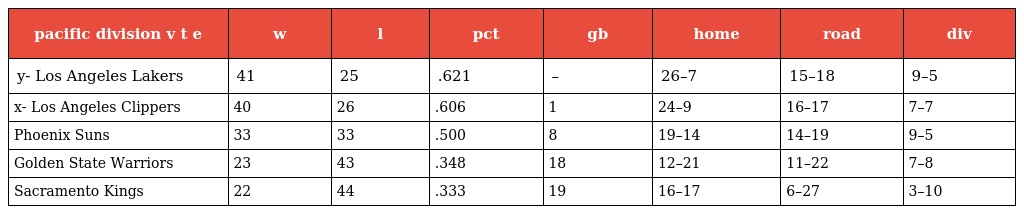
| pacific division v t e | w | l | pct | gb | home | road | div |
 | --- | --- | --- | --- | --- | --- | --- | --- |
 | y- Los Angeles Lakers | 41 | 25 | .621 | – | 26–7 | 15–18 | 9–5 |
 | x- Los Angeles Clippers | 40 | 26 | .606 | 1 | 24–9 | 16–17 | 7–7 |
 | Phoenix Suns | 33 | 33 | .500 | 8 | 19–14 | 14–19 | 9–5 |
 | Golden State Warriors | 23 | 43 | .348 | 18 | 12–21 | 11–22 | 7–8 |
 | Sacramento Kings | 22 | 44 | .333 | 19 | 16–17 | 6–27 | 3–10 |